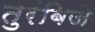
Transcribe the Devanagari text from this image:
तुरंबिजे